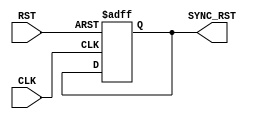
module RST_SYNC #(parameter STAGES_NUM = 1)(
        input   wire    RST,
        input   wire    CLK,
        output  wire    SYNC_RST
    );
    
reg     [STAGES_NUM - 1 : 0]    rst_sync_reg, rst_sync_next;

always @(posedge CLK, negedge RST)
    begin
        if (!RST)
            begin
                rst_sync_reg <= 0;
            end
        else
            begin
                rst_sync_reg <= rst_sync_next;
            end
    end

always @(*)
    begin
        rst_sync_next = {1'b1, rst_sync_reg[STAGES_NUM - 1 : 1]};
    end

assign SYNC_RST = rst_sync_reg[0];
endmodule